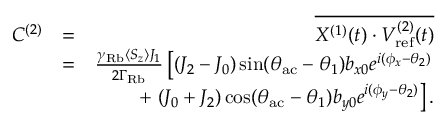
\begin{array} { r l r } { C ^ { ( 2 ) } } & { = } & { \overline { { X ^ { ( 1 ) } ( t ) \cdot V _ { \mathrm { r e f } } ^ { ( 2 ) } ( t ) } } } \\ & { = } & { \frac { \gamma _ { \mathrm { R b } } \langle S _ { z } \rangle J _ { 1 } } { 2 \Gamma _ { \mathrm { R b } } } \left[ ( J _ { 2 } - J _ { 0 } ) \sin ( \theta _ { \mathrm { a c } } - \theta _ { 1 } ) b _ { x 0 } e ^ { i ( \phi _ { x } - \theta _ { 2 } ) } \right. } \\ & { } & { + \left. ( J _ { 0 } + J _ { 2 } ) \cos ( \theta _ { \mathrm { a c } } - \theta _ { 1 } ) b _ { y 0 } e ^ { i ( \phi _ { y } - \theta _ { 2 } ) } \right] . } \end{array}